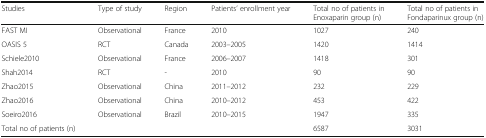
<table><thead><tr><td><b>Studies</b></td><td><b>Type of study</b></td><td><b>Region</b></td><td><b>Patients’ enrollment year</b></td><td><b>Total no of patients in Enoxaparin group (n)</b></td><td><b>Total no of patients in Fondaparinux group (n)</b></td></tr></thead><tbody><tr><td>FAST MI</td><td>Observational</td><td>France</td><td>2010</td><td>1027</td><td>240</td></tr><tr><td>OASIS 5</td><td>RCT</td><td>Canada</td><td>2003–2005</td><td>1420</td><td>1414</td></tr><tr><td>Schiele2010</td><td>Observational</td><td>France</td><td>2006–2007</td><td>1418</td><td>301</td></tr><tr><td>Shah2014</td><td>RCT</td><td>-</td><td>2010</td><td>90</td><td>90</td></tr><tr><td>Zhao2015</td><td>Observational</td><td>China</td><td>2011–2012</td><td>232</td><td>229</td></tr><tr><td>Zhao2016</td><td>Observational</td><td>China</td><td>2010–2012</td><td>453</td><td>422</td></tr><tr><td>Soeiro2016</td><td>Observational</td><td>Brazil</td><td>2010–2015</td><td>1947</td><td>335</td></tr><tr><td>Total no of patients (n)</td><td></td><td></td><td></td><td>6587</td><td>3031</td></tr></tbody></table>